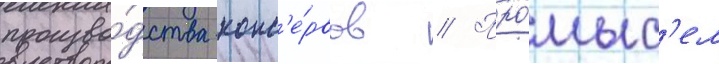
произво́дства конс'е́рвов // Про́мыс'ел